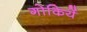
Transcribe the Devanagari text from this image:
गोकियें